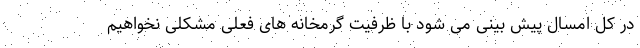
در کل امسال پیش بینی می شود با ظرفیت گرمخانه های فعلی مشکلی نخواهیم